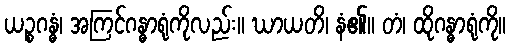
ယဉ္စဂန္ဓံ၊ အကြင်ဂန္ဓာရုံကိုလည်း။ ဃာယတိ၊ နံ၏။ တံ၊ ထိုဂန္ဓာရုံကို။